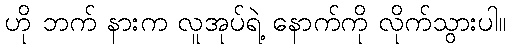
ဟို ဘက် နားက လူအုပ်ရဲ့ နောက်ကို လိုက်သွားပါ။